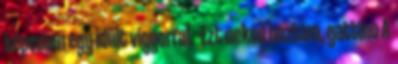
képemen egy idült vigyorral. -Ezt neked hoztam, gattino A